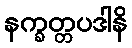
နက္ခတ္တပဒါနိ